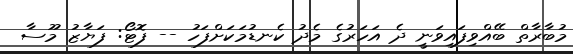
މުބާރާތް ބޭއްވިފައިވަނީ ދެ އަހަރުގެ މެދު ކެނޑުމަކަށްފަހު -- ފޮޓޯ: ފަޔާޒު މޫސާ